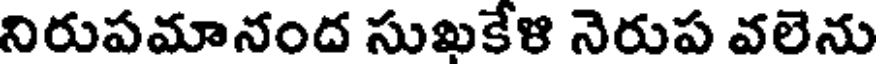
నిరుపమానంద సుఖకేళి నెరుప వలెను